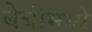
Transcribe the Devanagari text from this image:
बेबीमध्ये